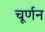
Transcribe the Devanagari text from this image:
चूर्णन